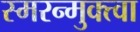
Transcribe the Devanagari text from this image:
स्मरन्मुक्त्वा